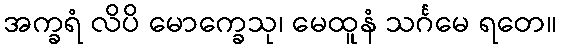
အက္ခရံ လိပိ မောက္ခေသု၊ မေထူနံ သင်္ဂမေ ရတေ။